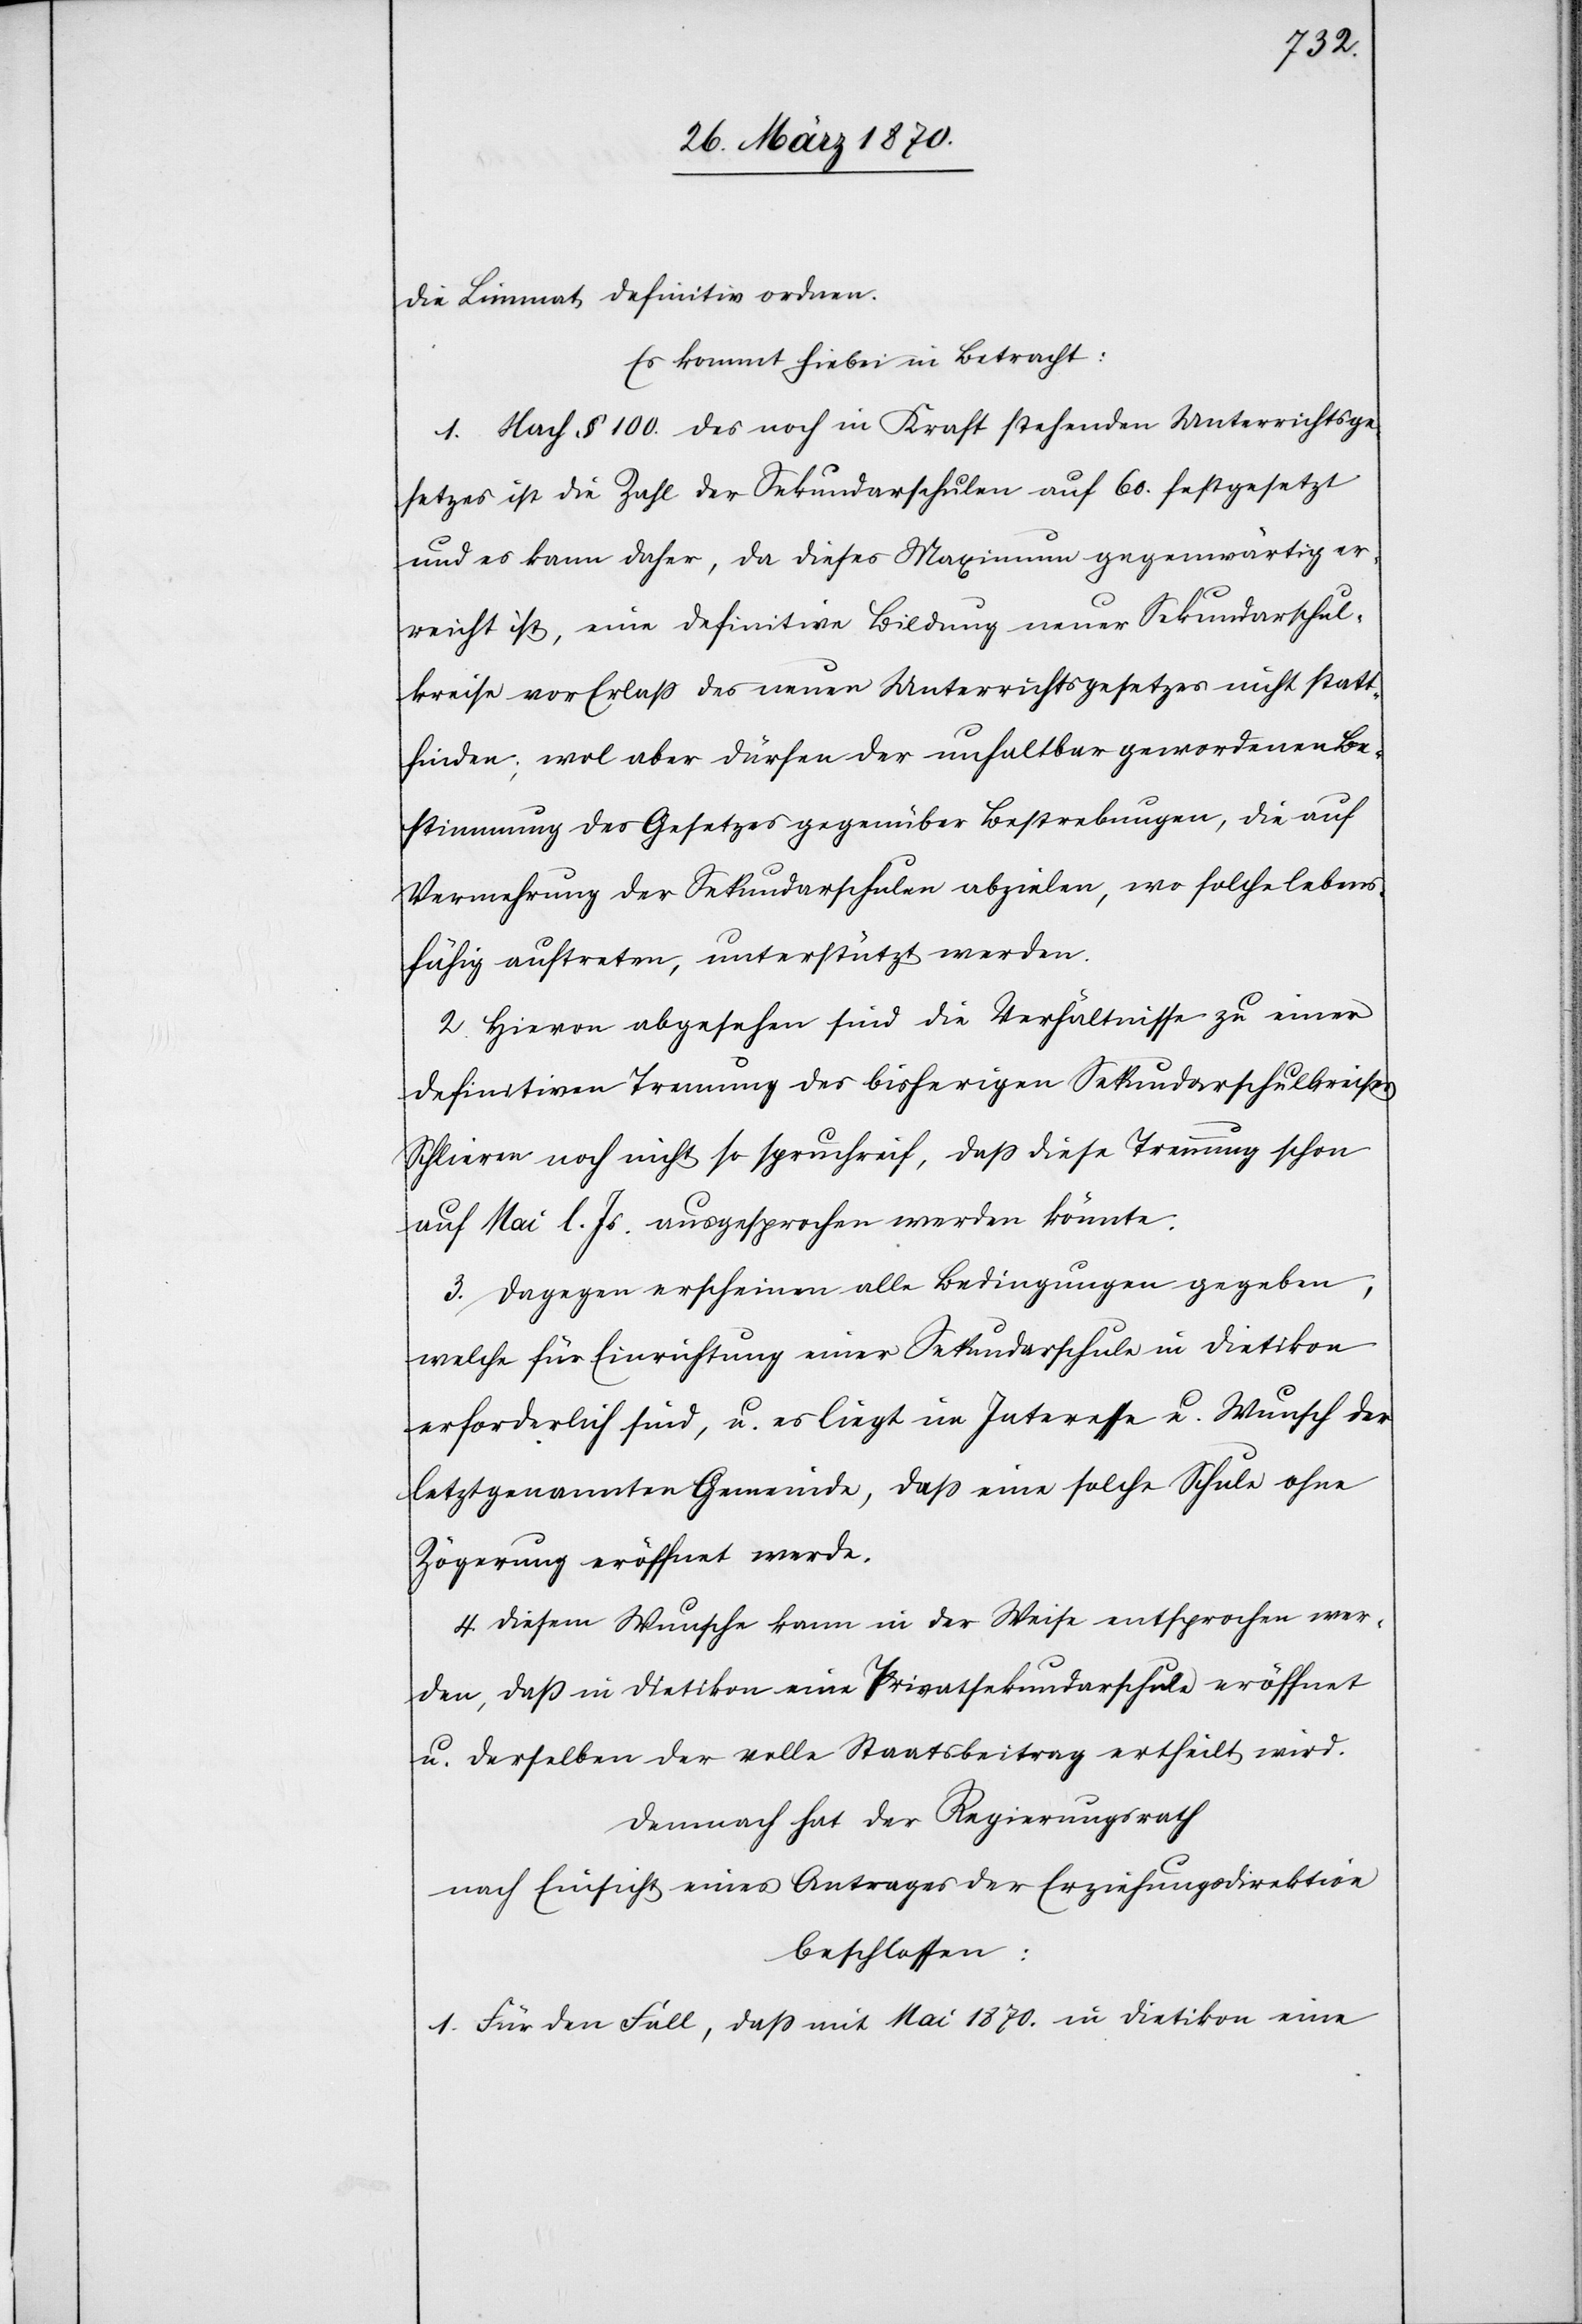
die Limmat definitiv ordnen.
Es kommt hiebei in Betracht:
1. Nach § 100. des noch in Kraft stehenden Unterrichtsge¬
setzes ist die Zahl der Sekundarschulen auf 60. festgesetzt
und es kann daher, da dieses Maximum gegenwärtig er¬
reicht ist, eine definitive Bildung neuer Sekundarschul¬
kreise vor Erlaß des neuen Unterrichtsgesetzes nicht statt¬
finden; wol aber dürfen der unhaltbar gewordenen Be¬
stimmung des Gesetzes gegenüber Bestrebungen, die auf
Vermehrung der Sekundarschulen abzielen, wo solche lebens¬
fähig auftreten, unterstützt werden.
2. Hievon abgesehen sind die Verhältnisse zu einer
definitiven Trennung des bisherigen Sekundarschulkreises
Schlieren noch nicht so spruchreif, daß diese Trennung schon
auf Mai l. Js. ausgesprochen werden könnte.
3. Dagegen erscheinen alle Bedingungen gegeben,
welche für Einrichtung einer Sekundarschule in Dietikon
erforderlich sind, u. es liegt im Interesse u. Wunsch der
letztgenannten Gemeinde, daß eine solche Schule ohne
Zögerung eröffnet werde.
4. Diesem Wunsche kann in der Weise entsprochen wer¬
den, daß in Dietikon eine Privatsekundarschule eröffnet
u. derselben der volle Staatsbeitrag ertheilt wird.
Demnach hat der Regierungsrath
nach Einsicht eines Antrages der Erziehungsdirektion
beschlossen:
1. Für den Fall, daß mit Mai 1870. in Dietikon eine